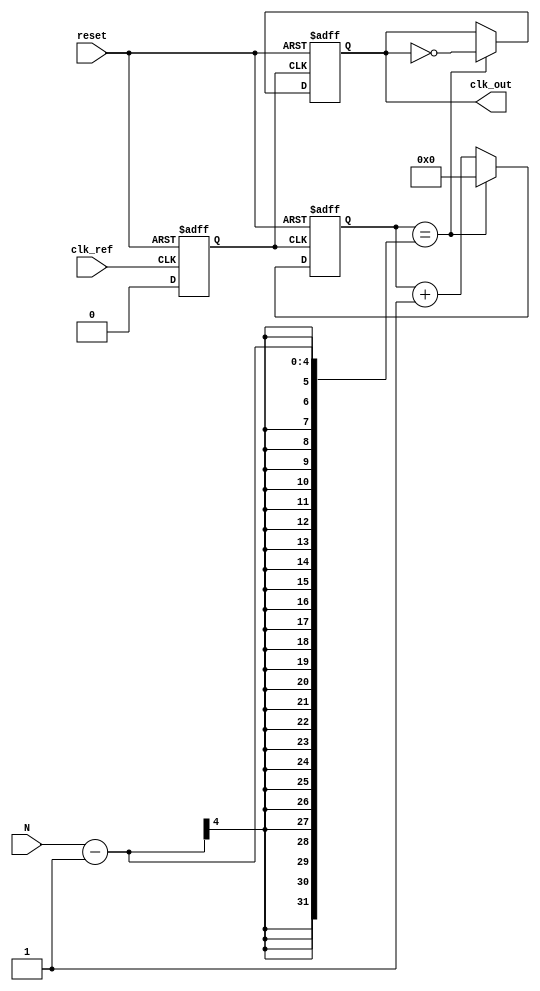
module integer_n_pll (
    input wire clk_ref,            // Reference clock input
    input wire reset,              // Reset signal
    input wire [3:0] N,            // Integer division factor (N)
    output reg clk_out             // PLL output clock
);

    // Parameters for simulation or synthesis
    parameter PHASE_DETECTOR_WIDTH = 8; // Width for phase detector signal
    parameter LOOP_FILTER_WIDTH = 8;     // Width for loop filter signal
    parameter VCO_WIDTH = 16;             // Width for VCO frequency control
    parameter DIVIDER_WIDTH = 4;          // Width for frequency divider

    // Internal signals
    reg [PHASE_DETECTOR_WIDTH-1:0] phase_error;  // Phase error signal
    reg [LOOP_FILTER_WIDTH-1:0] control_voltage;   // Control voltage for VCO
    reg [VCO_WIDTH-1:0] vco_output;               // Output from VCO
    reg [DIVIDER_WIDTH-1:0] divider_count;        // Divider count for feedback

    // Phase Detector (PD)
    always @(posedge clk_ref or posedge reset) begin
        if (reset) begin
            phase_error <= 0;
        end else begin
            // Simple phase detector logic: Increment or decrement error based on clock edges
            // This is a placeholder; actual implementation may vary.
            if (divider_count == 0) begin
                phase_error <= phase_error + 1; // Phase leading
            end else begin
                phase_error <= phase_error - 1; // Phase lagging
            end
        end
    end

    // Loop Filter (LF)
    always @(posedge clk_ref or posedge reset) begin
        if (reset) begin
            control_voltage <= 0;
        end else begin
            // Simple integrative loop filter
            control_voltage <= control_voltage + phase_error; // Integrate phase error
        end
    end

    // Voltage-Controlled Oscillator (VCO)
    always @(posedge clk_ref or posedge reset) begin
        if (reset) begin
            vco_output <= 0;
        end else begin
            // VCO output frequency is a function of control voltage; simplified for demo
            vco_output <= control_voltage << 1; // Shift left to simulate frequency scaling
        end
    end

    // Frequency Divider
    always @(posedge vco_output[0] or posedge reset) begin // Assuming vco_output[0] as a clock signal
        if (reset) begin
            divider_count <= 0;
            clk_out <= 0;
        end else begin
            if (divider_count == (N - 1)) begin
                clk_out <= ~clk_out;       // Toggle the output clock
                divider_count <= 0;        // Reset the counter
            end else begin
                divider_count <= divider_count + 1; // Increment the divider count
            end
        end
    end

endmodule